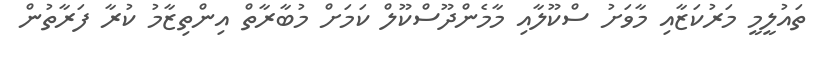
ތައުލީމީ މަރުކަޒާއި މާވަށު ސްކޫލާއި މާމެންދޫސްކޫލް ކަމަށް މުބާރާތް އިންތިޒާމު ކުރާ ފަރާތުން